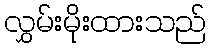
လွှမ်းမိုးထားသည်